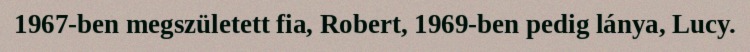
1967-ben megszületett fia, Robert, 1969-ben pedig lánya, Lucy.